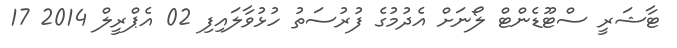
ޓާޝަރީ ސްޓޫޑެންޓް ލޯނަށް އެދުމުގެ ފުރުސަތު ހުޅުވާލައިފި 02 އެޕްރީލް 2014 17